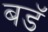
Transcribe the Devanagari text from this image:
बडॅ